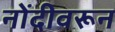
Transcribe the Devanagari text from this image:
नोंदीवरून